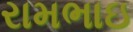
રામભાઇ